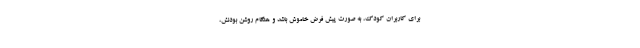
برای کاربران کودک، به صورت پیش فرض خاموش باشد و هنگام روشن بودنش،